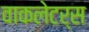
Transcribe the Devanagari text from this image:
वाकलेटर्स